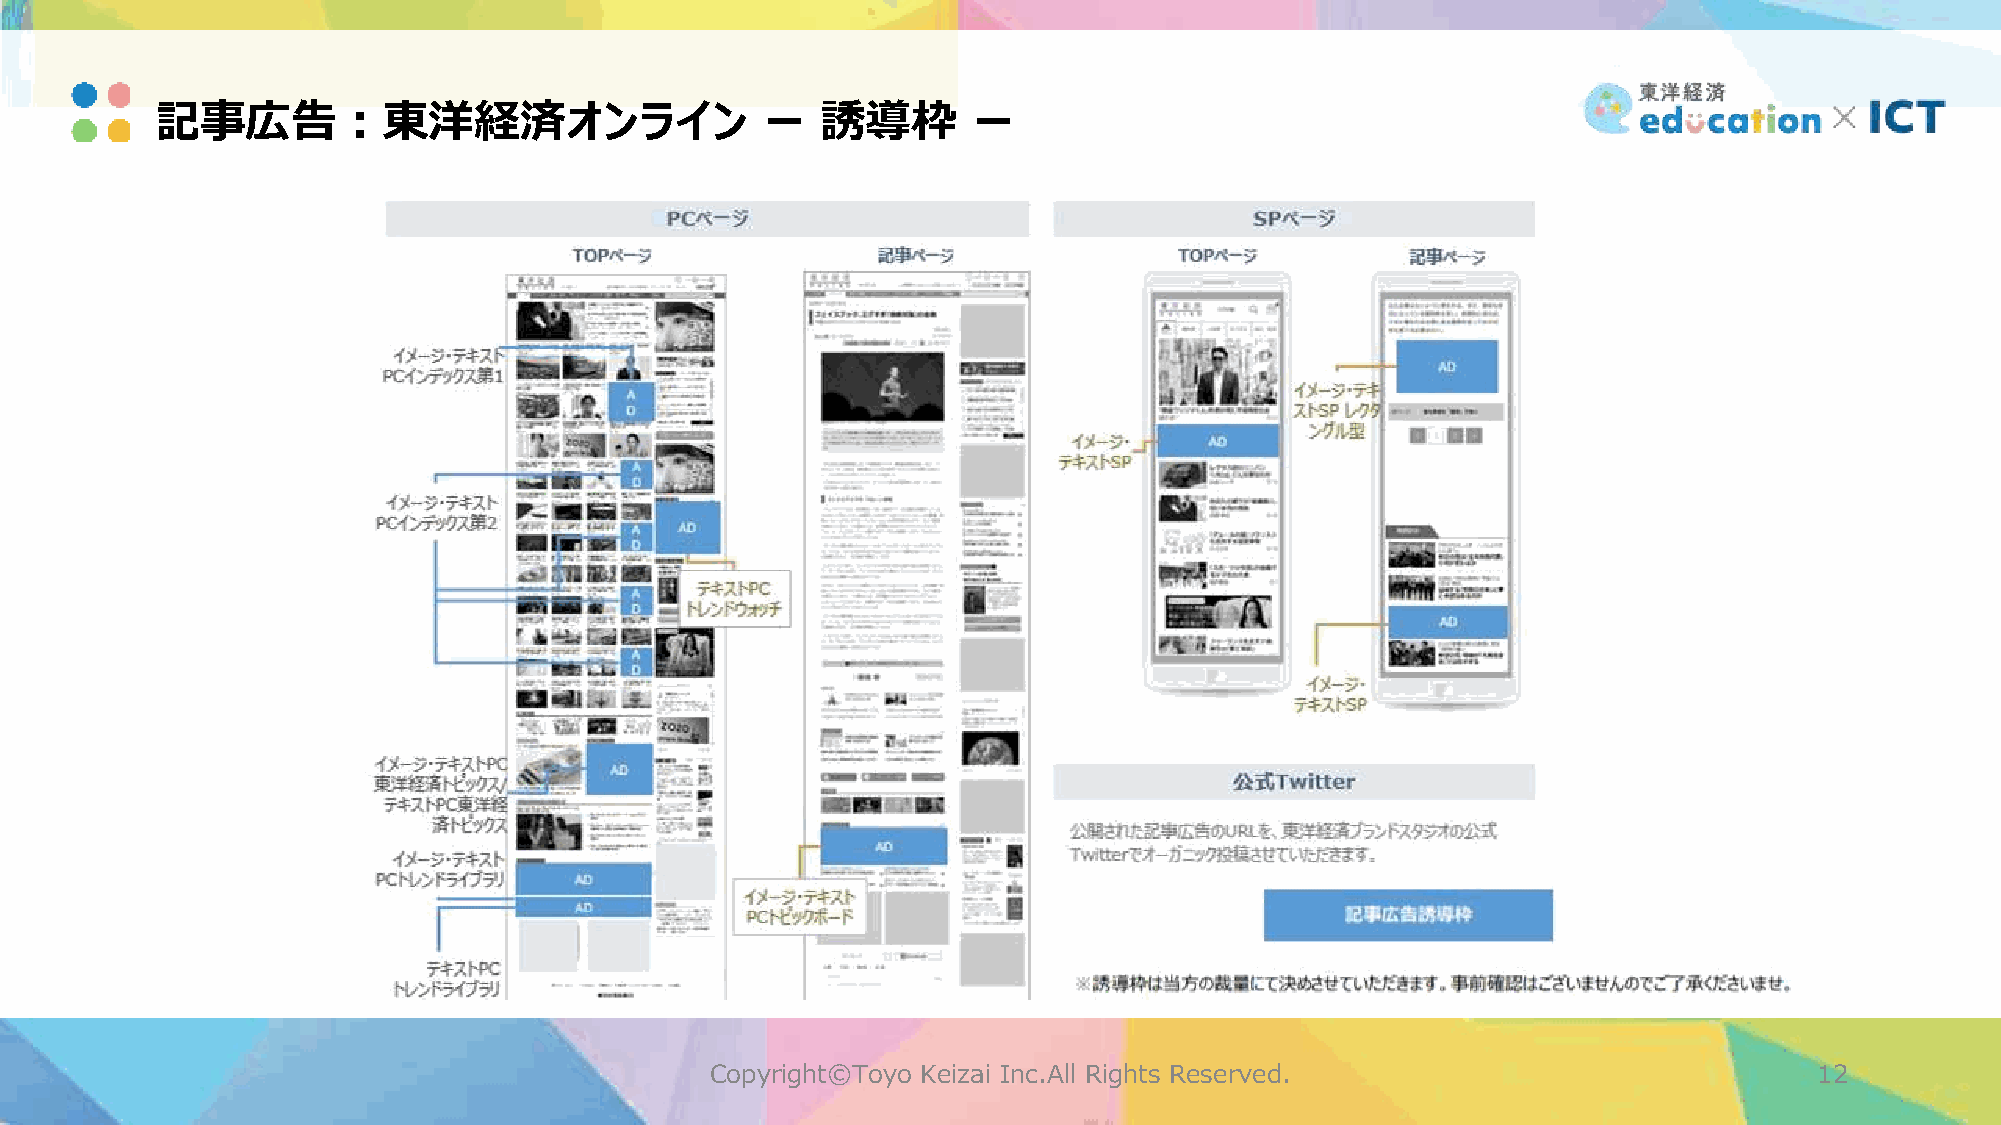
記事広告：東洋経済オンライン                           ー  誘導枠       ー
 Copyright©Toyo Keizai Inc.All Rights Reserved.                           12